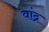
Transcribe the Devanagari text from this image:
वांद्र